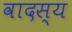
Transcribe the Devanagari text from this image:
वादस्य